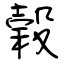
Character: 榖